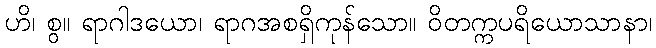
ဟိ၊ စွ။ ရာဂါဒယော၊ ရာဂအစရှိကုန်သော။ ဝိတက္ကပရိယောသာနာ၊